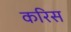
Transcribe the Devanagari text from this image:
करिस